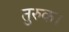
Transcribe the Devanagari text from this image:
तुरुक।